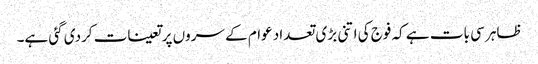
ظاہر سی بات ہے کہ فوج کی اتنی بڑی تعداد عوام کے سروں پر تعینات کردی گئی ہے۔